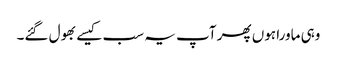
وہی ماورا ہوں پھر آپ یہ سب کیسے بھول گئے۔